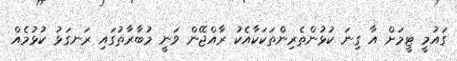
ގައުމީ ޓީމަށް އާ ގިނަ ކުޅުންތެރިންތަކަކާއެކު ރާއްޖޭން ވަނީ މުބާރާތުގައި ރަނގަޅު ކުޅުމެއް